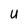
Character: U